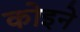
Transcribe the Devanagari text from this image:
कोइने